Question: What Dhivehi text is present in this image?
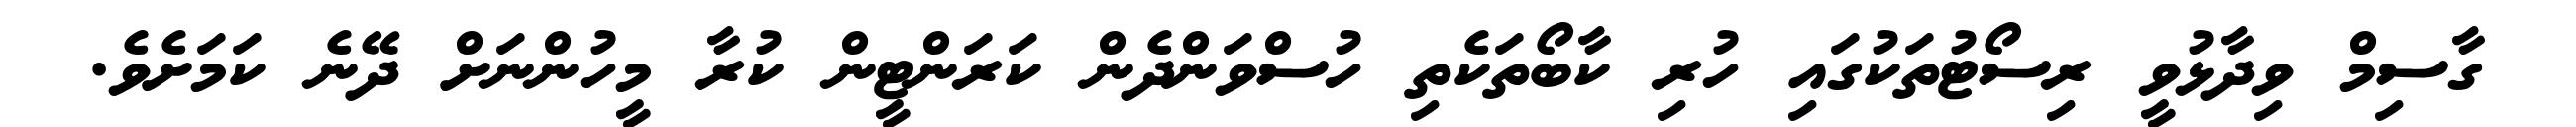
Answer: ގާސިމް ވިދާޅުވީ ރިސޯޓުތަކުގައި ހުރި ކާބޯތަކެތި ހުސްވަންދެން ކަރަންޓީން ކުރާ މީހުންނަށް ދޭނެ ކަމަށެވެ.